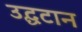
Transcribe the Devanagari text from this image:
उद्घटान